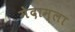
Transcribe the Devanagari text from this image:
मेदाम्ला